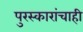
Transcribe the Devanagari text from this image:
पुरस्कारांचाही